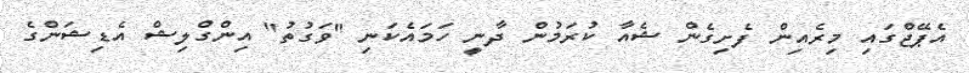
އެޕޭޖްގައި މިރެއިން ފެށިގެން ޝެއާ ކުރަމުން ދާނީ ހަމައެކަނި "ވަގުތު" އިންގްލިޝް އެޑިޝަންގެ